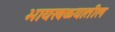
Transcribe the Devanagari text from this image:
भायखळ्यातील